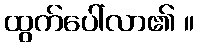
ထွက်ပေါ်လာ၏ ။